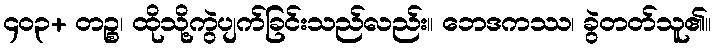
၄၀၃+ တဉ္စ၊ ထိုသို့ကွဲပျက်ခြင်းသည်လည်း။ ဘေဒကဿ၊ ခွဲတတ်သူ၏။